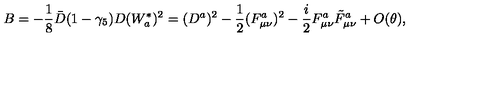
B = - \frac { 1 } { 8 } \bar { D } ( 1 - \gamma _ { 5 } ) D ( W _ { a } ^ { * } ) ^ { 2 } = ( D ^ { a } ) ^ { 2 } - \frac { 1 } { 2 } ( F _ { \mu \nu } ^ { a } ) ^ { 2 } - \frac { i } { 2 } F _ { \mu \nu } ^ { a } \tilde { F } _ { \mu \nu } ^ { a } + O ( \theta ) ,